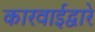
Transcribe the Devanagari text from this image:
कारवाईद्वारे